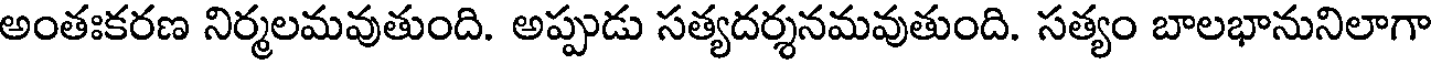
అంతఃకరణ నిర్మలమవుతుంది. అప్పుడు సత్యదర్శనమవుతుంది. సత్యం బాలభానునిలాగా